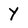
Character: Y